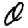
Digit: 0